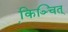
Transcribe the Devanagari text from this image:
कि़ञ्चित्